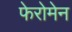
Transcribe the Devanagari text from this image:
फेरोमेन